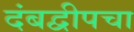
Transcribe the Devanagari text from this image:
दंबद्वीपचा